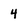
Character: 4